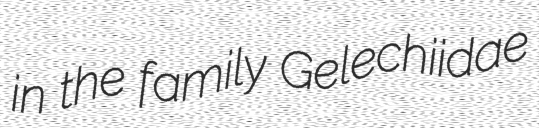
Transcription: in the family Gelechiidae